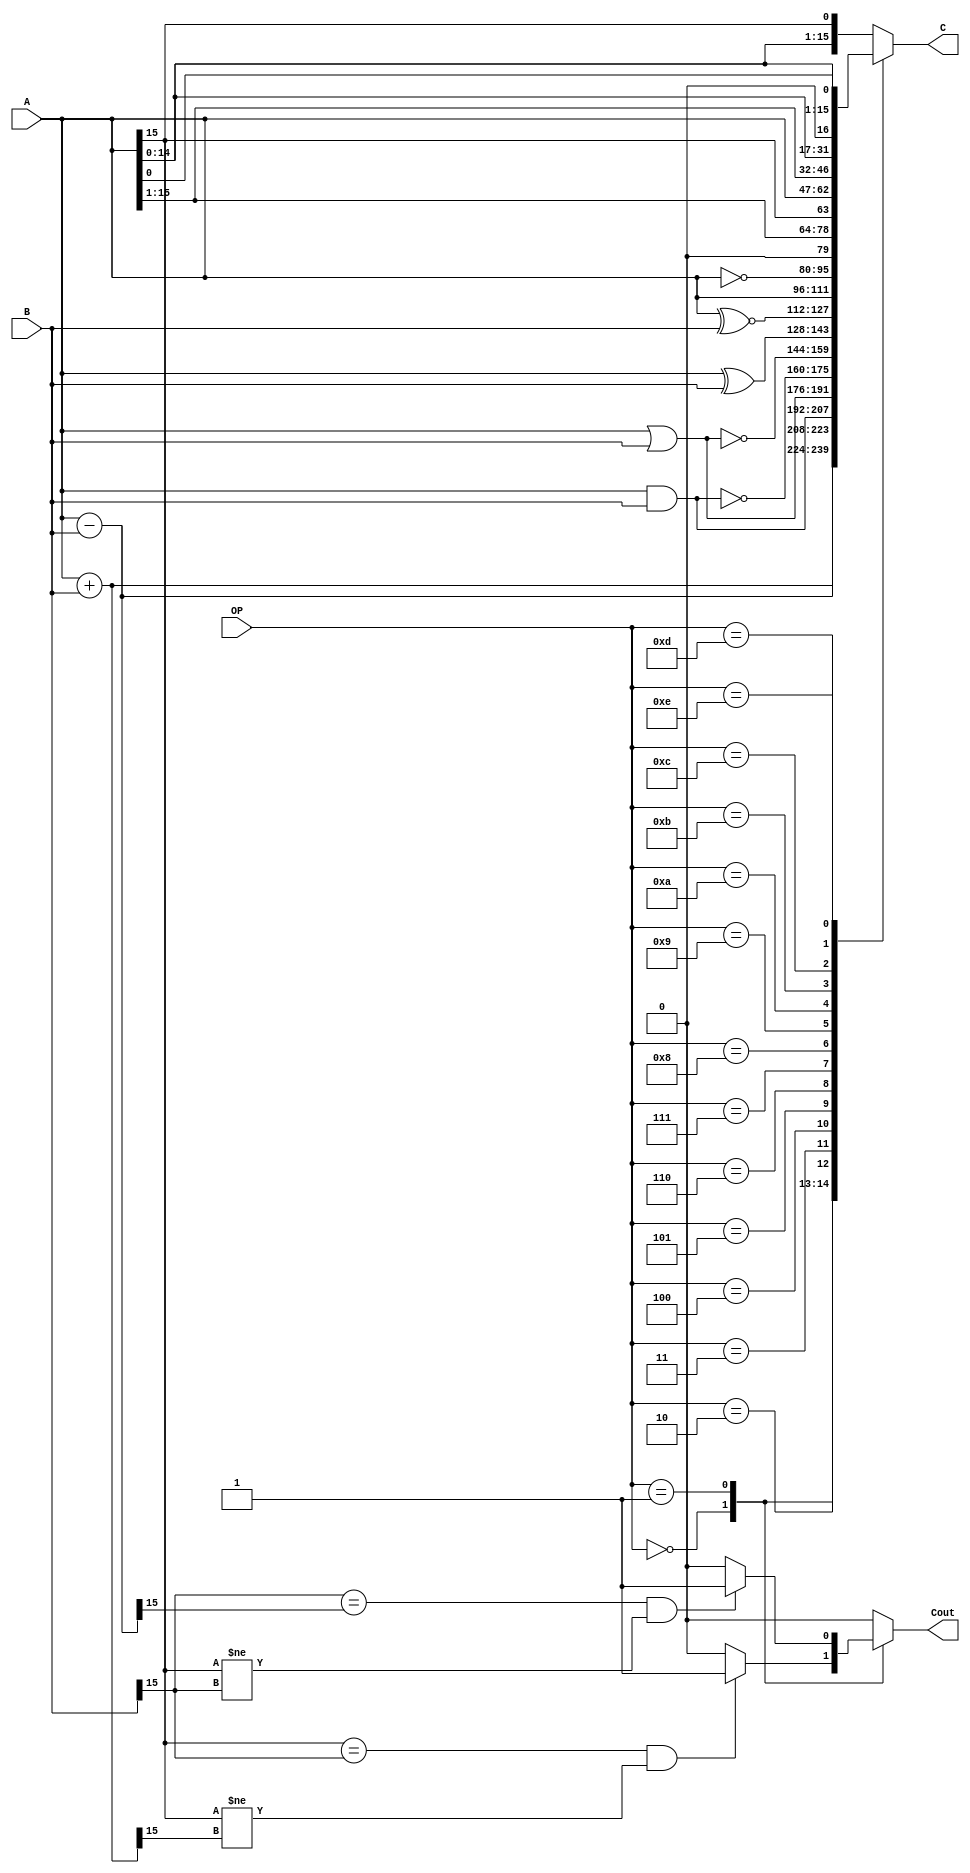
`timescale 1ns / 100ps

module ALU(A,B,OP,C,Cout);

	input [15:0]A;
	input [15:0]B;
	input [3:0]OP;
	output [15:0]C;
	output Cout;

	//TODO
	reg [15:0] K;
	reg Kout;
	assign Cout = Kout;
	assign C = K;
	always @(*) begin
		Kout = 0;
		case(OP)
			4'b0000: begin
				K = A+B;
				if ((A[15]==B[15])&(A[15]!=K[15])) Kout = 1;
				end
			4'b0001: begin
				K = A-B;
				if ((B[15]==K[15])&(A[15]!=B[15])) Kout = 1;
				end
			4'b0010: K = A&B;
			4'b0011: K = A|B;
			4'b0100: K = ~(A&B);
			4'b0101: K = ~(A|B);
			4'b0110: K = A^B;
			4'b0111: K = A~^B;
			4'b1000: K = A;
			4'b1001: K = ~A;
			4'b1010: K = A >> 1;
			4'b1011: K = {A[15], A[15:1]};
			4'b1100: K = {A[0], A[15:1]};
			4'b1101: K = A << 1;
			4'b1110: K = {A[14:0], A[0]};
			default: K = {A[14:0], A[15]};
		endcase
	end
endmodule